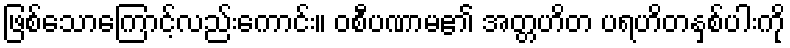
ဖြစ်သောကြောင့်လည်းကောင်း။ ဝစီပဏာမ၏ အတ္တဟိတ ပရဟိတနှစ်ပါးကို